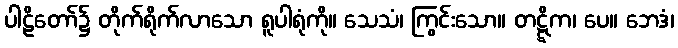
ပါဠိတော်၌ တိုက်ရိုက်လာသော ရူပါရုံကို။ သေသံ၊ ကြွင်းသော။ တဋ္ဋိက၊ ပေ။ ဘေဒံ၊